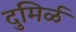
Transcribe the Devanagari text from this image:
दुमिर्ळ